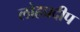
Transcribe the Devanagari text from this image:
लोहप्रदीप